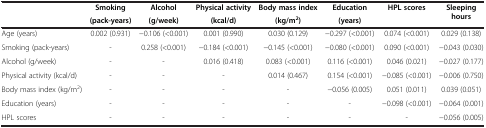
|  | Smoking | Alcohol | Physical activity | Body mass index | Education | HPL scores | Sleeping hours |
 |  | (pack-years) | (g/week) | (kcal/d) | (kg/m2) | (years) |  |  |
 | --- | --- | --- | --- | --- | --- | --- | --- |
 | Age (years) | 0.002 (0.931) | −0.106 (<0.001) | 0.001 (0.990) | 0.030 (0.129) | −0.297 (<0.001) | 0.074 (<0.001) | 0.029 (0.138) |
 | Smoking (pack-years) | - | 0.258 (<0.001) | −0.184 (<0.001) | −0.145 (<0.001) | −0.080 (<0.001) | 0.090 (<0.001) | −0.043 (0.030) |
 | Alcohol (g/week) | - | - | 0.016 (0.418) | 0.083 (<0.001) | 0.116 (<0.001) | 0.046 (0.021) | −0.027 (0.177) |
 | Physical activity (kcal/d) | - | - | - | 0.014 (0.467) | 0.154 (<0.001) | −0.085 (<0.001) | −0.006 (0.750) |
 | Body mass index (kg/m2) | - | - | - | - | −0.056 (0.005) | 0.051 (0.011) | 0.039 (0.051) |
 | Education (years) | - | - | - | - | - | −0.098 (<0.001) | −0.064 (0.001) |
 | HPL scores | - | - | - | - | - | - | −0.056 (0.005) |